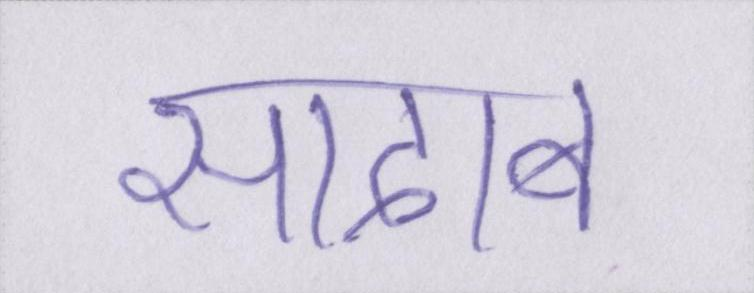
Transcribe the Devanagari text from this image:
सादाब